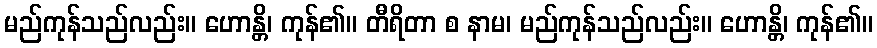
မည်ကုန်သည်လည်း။ ဟောန္တိ၊ ကုန်၏။ တီရိတာ စ နာမ၊ မည်ကုန်သည်လည်း။ ဟောန္တိ၊ ကုန်၏။